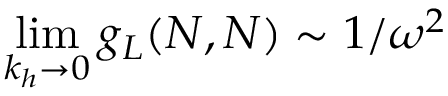
\operatorname* { l i m } _ { k _ { h } \rightarrow 0 } g _ { L } ( N , N ) \sim 1 / \omega ^ { 2 }